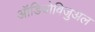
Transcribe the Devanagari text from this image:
ऑडियोविजुअल